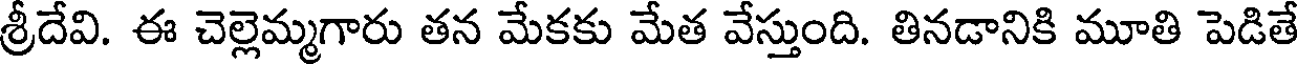
శ్రీదేవి. ఈ చెల్లెమ్మగారు తన మేకకు మేత వేస్తుంది. తినడానికి మూతి పెడితే